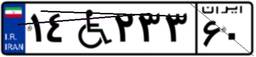
۱۴W۲۳۳۶۰